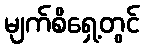
မျက်စိရှေ့တွင်